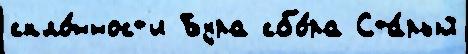
скло́нност'и Бура сбо́ра Ста́рый